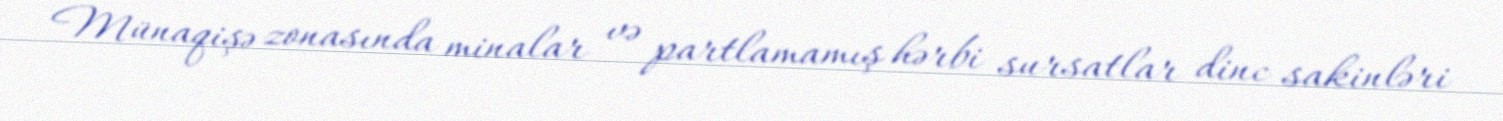
Münaqişə zonasında minalar və partlamamış hərbi sursatlar dinc sakinləri